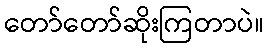
တော်တော်ဆိုးကြတာပဲ။